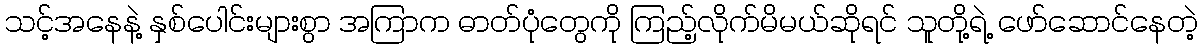
သင့်အနေနဲ့ နှစ်ပေါင်းများစွာ အကြာက ဓာတ်ပုံတွေကို ကြည့်လိုက်မိမယ်ဆိုရင် သူတို့ရဲ့ ဖော်ဆောင်နေတဲ့